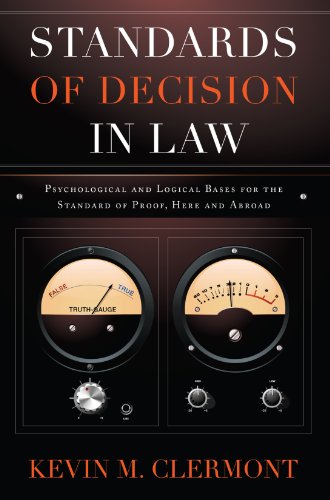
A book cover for Standards of Decision in Law: Psychological and Logical Bases for the Standard of Proof, Here and Abroad; Kevin M Clermont; Law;